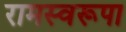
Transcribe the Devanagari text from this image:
रामस्वरूपा